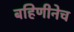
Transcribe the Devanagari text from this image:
बहिणीनेच